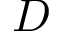
D